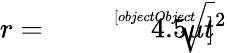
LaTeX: r={\sqrt[[objectObject]]{4.5\mu t^{2}}}